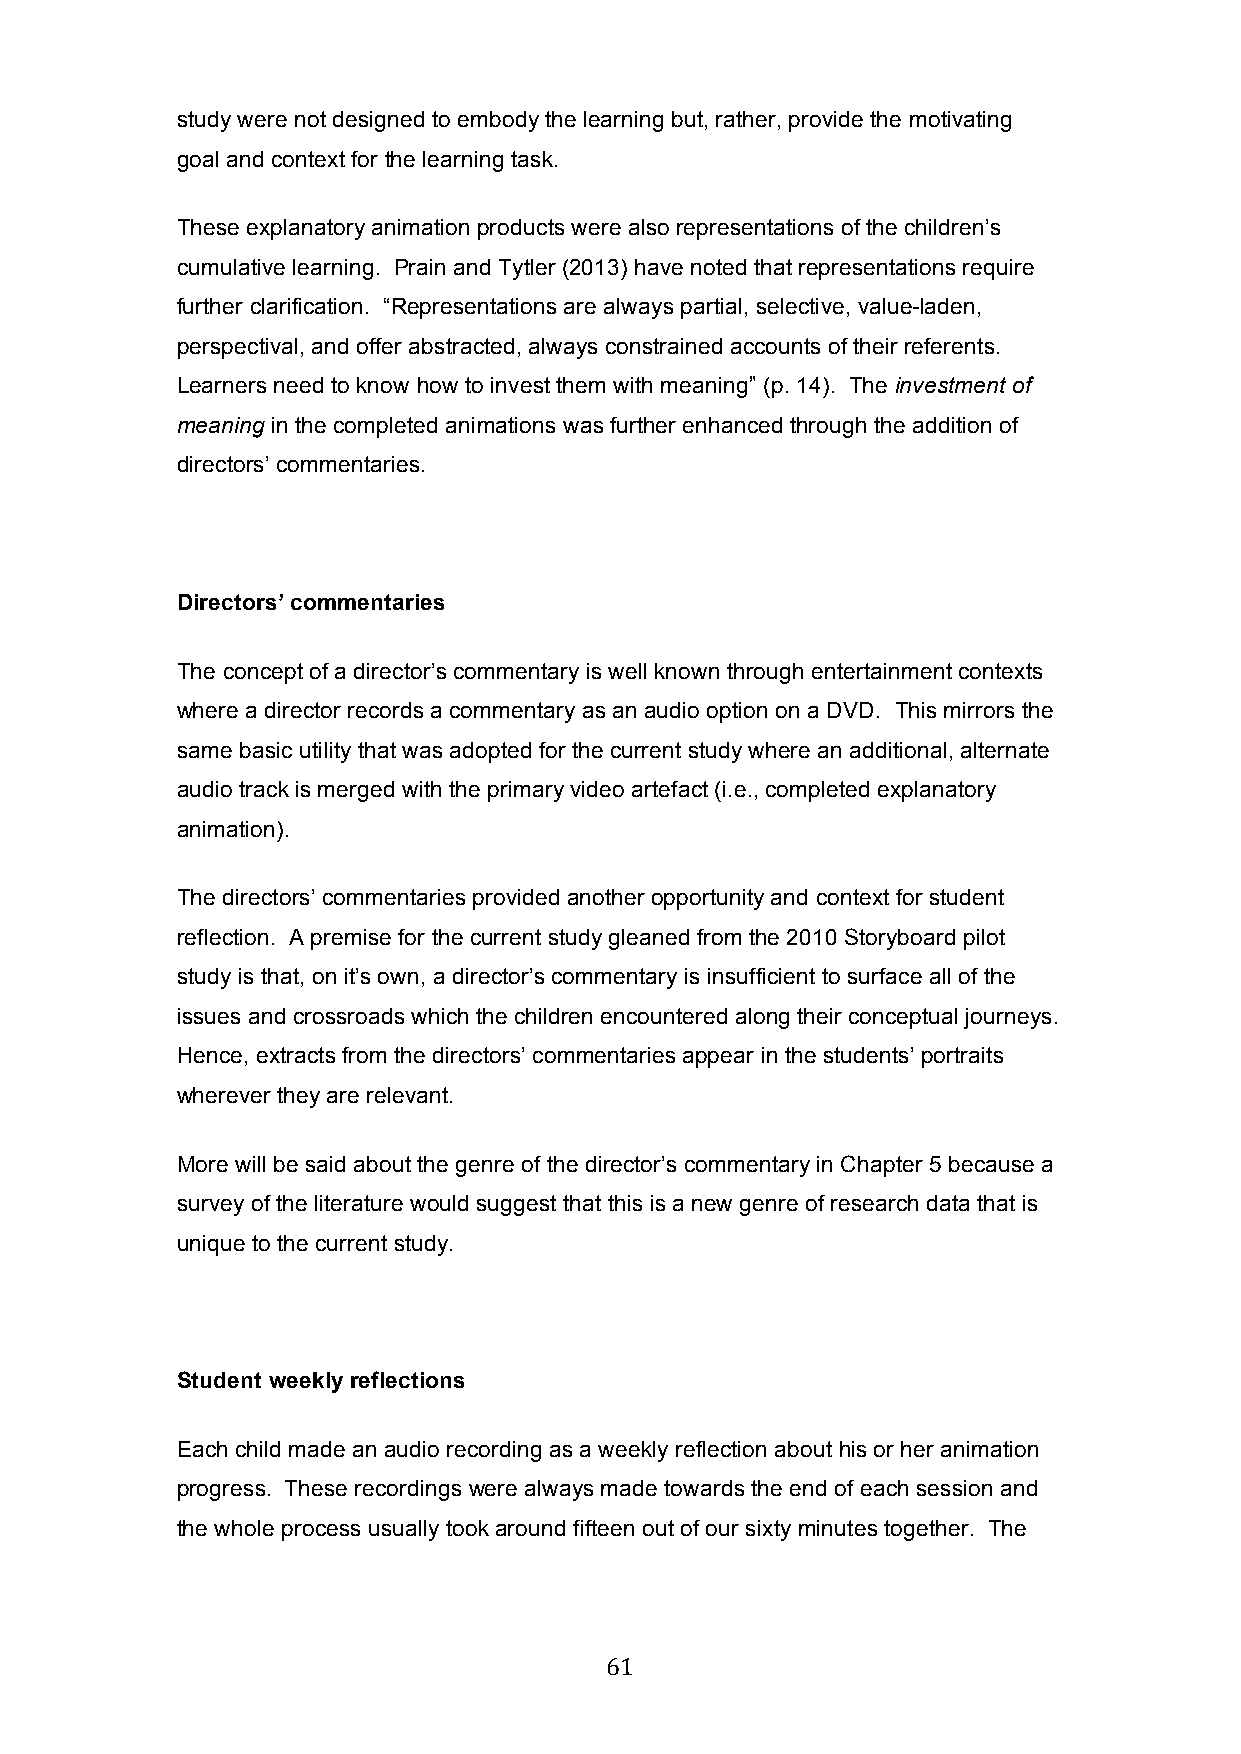
study were not designed to embody the learning but, rather, provide the motivating
 goal and context for the learning task.
 These explanatory animation products were also representations of the children’s
 cumulative learning. Prain and Tytler (2013) have noted that representations require
 further clarification. “Representations are always partial, selective, value-laden,
 perspectival, and offer abstracted, always constrained accounts of their referents.
 Learners need to know how to invest them with meaning” (p. 14). The investment of
 meaning in the completed animations was further enhanced through the addition of
 directors’ commentaries.
 Directors’ commentaries
 The concept of a director’s commentary is well known through entertainment contexts
 where a director records a commentary as an audio option on a DVD. This mirrors the
 same basic utility that was adopted for the current study where an additional, alternate
 audio track is merged with the primary video artefact (i.e., completed explanatory
 animation).
 The directors’ commentaries provided another opportunity and context for student
 reflection. A premise for the current study gleaned from the 2010 Storyboard pilot
 study is that, on it’s own, a director’s commentary is insufficient to surface all of the
 issues and crossroads which the children encountered along their conceptual journeys.
 Hence, extracts from the directors’ commentaries appear in the students’ portraits
 wherever they are relevant.
 More will be said about the genre of the director’s commentary in Chapter 5 because a
 survey of the literature would suggest that this is a new genre of research data that is
 unique to the current study.
 Student weekly reflections
 Each child made an audio recording as a weekly reflection about his or her animation
 progress. These recordings were always made towards the end of each session and
 the whole process usually took around fifteen out of our sixty minutes together. The
 61